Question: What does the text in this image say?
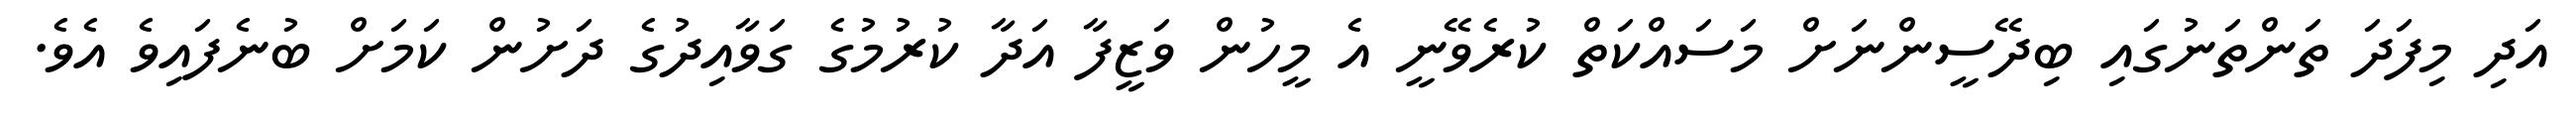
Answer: އަދި މިފަދަ ތަންތަނުގައި ބިދޭސީންނަށް މަސައްކަތް ކުރެވޭނީ އެ މީހުން ވަޒީފާ އަދާ ކުރުމުގެ ގަވާއިދުގެ ދަށުން ކަމަށް ބުނެފައިވެ އެވެ.